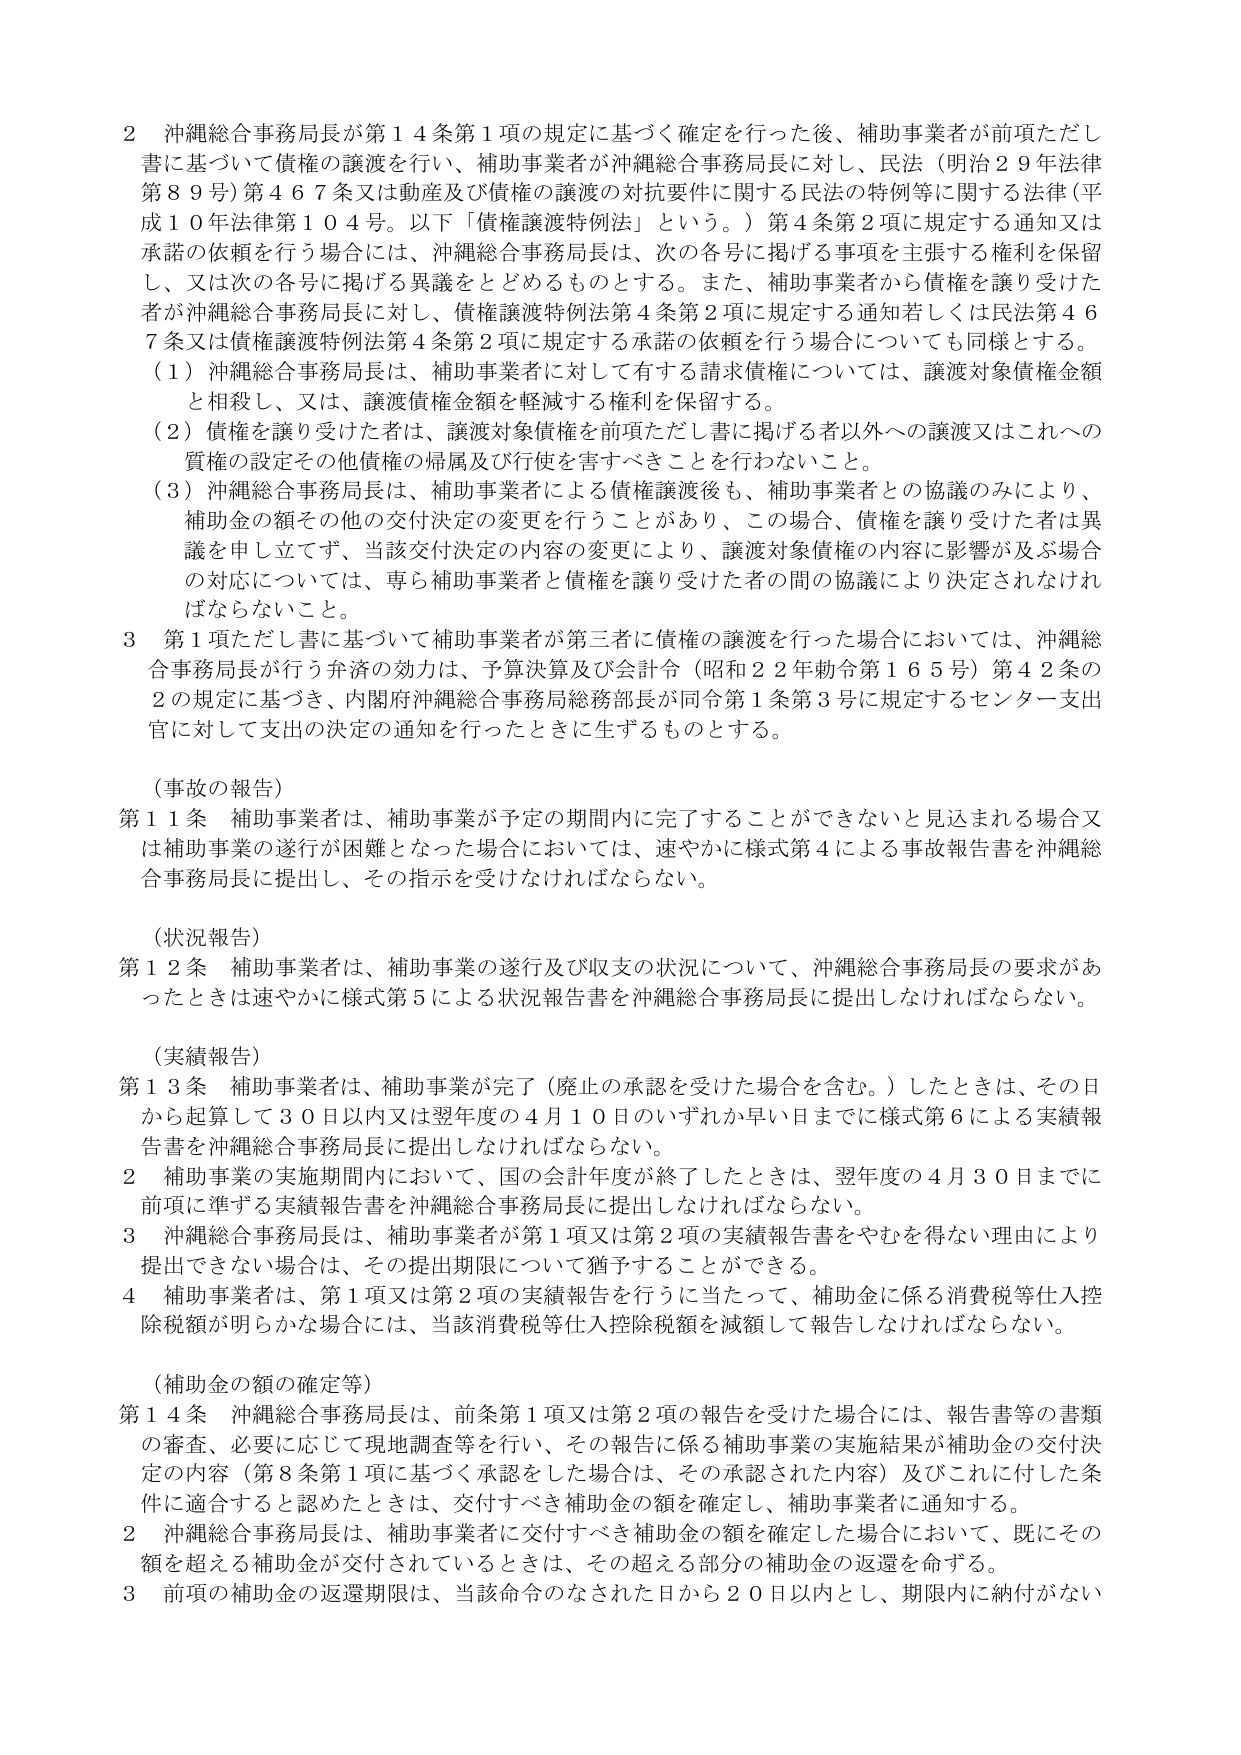
2 沖縄総合事務局長が第14条第1項の規定に基づく確定を行った後、補助事業者が前項ただし書に基づいて債権の譲渡を行い、補助事業者が沖縄総合事務局長に対し、民法（明治29年法律第89号）第467条又は動産及び債権の譲渡の対抗要件に関する民法の特例等に関する法律（平成10年法律第104号。以下「債権譲渡特例法」という。）第4条第2項に規定する通知又は承諾の依頼を行う場合には、沖縄総合事務局長は、次の各号に掲げる事項を主張する権利を保留し、又は次の各号に掲げる異議をとどめるものとする。また、補助事業者から債権を譲り受けた者が沖縄総合事務局長に対し、債権譲渡特例法第4条第2項に規定する通知若しくは民法第467条又は債権譲渡特例法第4条第2項に規定する承諾の依頼を行う場合についても同様とする。

（1）沖縄総合事務局長は、補助事業者に対して有する請求債権については、譲渡対象債権金額と相殺し、又は、譲渡債権金額を軽減する権利を保留する。

（2）債権を譲り受けた者は、譲渡対象債権を前項ただし書に掲げる者以外への譲渡又はこれへの質権の設定その他債権の帰属及び行使を害すべきことを行わないこと。

（3）沖縄総合事務局長は、補助事業者による債権譲渡後も、補助事業者との協議のみにより、補助金の額その他の交付決定の変更を行うことがあり、この場合、債権を譲り受けた者は異議を申し立てず、当該交付決定の内容の変更により、譲渡対象債権の内容に影響が及ぶ場合の対応については、専ら補助事業者と債権を譲り受けた者の間の協議により決定されなければならないこと。

3 第1項ただし書に基づいて補助事業者が第三者に債権の譲渡を行った場合においては、沖縄総合事務局長が行う弁済の効力は、予算決算及び会計令（昭和22年勅令第165号）第42条の2の規定に基づき、内閣府沖縄総合事務局総務部長が同令第1条第3号に規定するセンター支出官に対して支出の決定の通知を行ったときに生ずるものとする。

（事故の報告）

第11条 補助事業者は、補助事業が予定の期間内に完了することができないと見込まれる場合又は補助事業の遂行が困難となった場合においては、速やかに様式第4による事故報告書を沖縄総合事務局長に提出し、その指示を受けなければならない。

（状況報告）

第12条 補助事業者は、補助事業の遂行及び収支の状況について、沖縄総合事務局長の要求があったときは速やかに様式第5による状況報告書を沖縄総合事務局長に提出しなければならない。

（実績報告）

第13条 補助事業者は、補助事業が完了（廃止の承認を受けた場合を含む。）したときは、その日から起算して30日以内又は翌年度の4月10日のいずれか早い日までに様式第6による実績報告書を沖縄総合事務局長に提出しなければならない。

2 補助事業の実施期間内において、国の会計年度が終了したときは、翌年度の4月30日までに前項に準ずる実績報告書を沖縄総合事務局長に提出しなければならない。

3 沖縄総合事務局長は、補助事業者が第1項又は第2項の実績報告書をやむを得ない理由により提出できない場合は、その提出期限について猶予することができる。

4 補助事業者は、第1項又は第2項の実績報告を行うに当たって、補助金に係る消費税等仕入控除税額が明らかな場合には、当該消費税等仕入控除税額を減額して報告しなければならない。

（補助金の額の確定等）

第14条 沖縄総合事務局長は、前条第1項又は第2項の報告を受けた場合には、報告書等の書類の審査、必要に応じて現地調査等を行い、その報告に係る補助事業の実施結果が補助金の交付決定の内容（第8条第1項に基づく承認をした場合は、その承認された内容）及びこれに付した条件に適合すると認めたときは、交付すべき補助金の額を確定し、補助事業者に通知する。

2 沖縄総合事務局長は、補助事業者に交付すべき補助金の額を確定した場合において、既にその額を超える補助金が交付されているときは、その超える部分の補助金の返還を命ずる。

3 前項の補助金の返還期限は、当該命令のなされた日から20日以内とし、期限内に納付がない